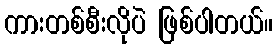
ကားတစ်စီးလိုပဲ ဖြစ်ပါတယ်။